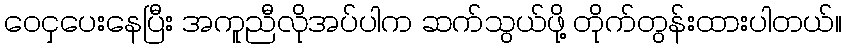
ဝေငှပေးနေပြီး အကူညီလိုအပ်ပါက ဆက်သွယ်ဖို့ တိုက်တွန်းထားပါတယ်။